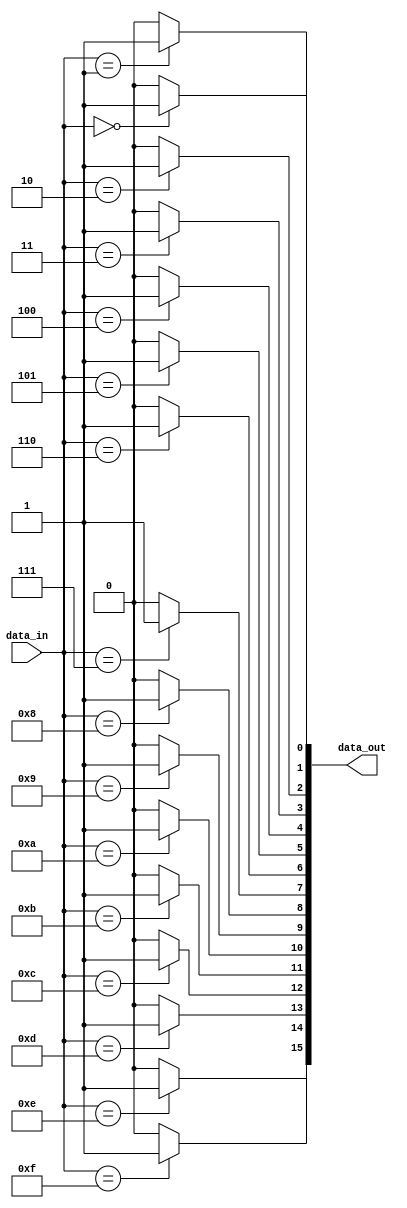
module Decoder4to16 (
    input [3:0] data_in,
    output [15:0] data_out
);

assign data_out[0] = (data_in == 4'b0000) ? 1'b1 : 1'b0;
assign data_out[1] = (data_in == 4'b0001) ? 1'b1 : 1'b0;
assign data_out[2] = (data_in == 4'b0010) ? 1'b1 : 1'b0;
assign data_out[3] = (data_in == 4'b0011) ? 1'b1 : 1'b0;
assign data_out[4] = (data_in == 4'b0100) ? 1'b1 : 1'b0;
assign data_out[5] = (data_in == 4'b0101) ? 1'b1 : 1'b0;
assign data_out[6] = (data_in == 4'b0110) ? 1'b1 : 1'b0;
assign data_out[7] = (data_in == 4'b0111) ? 1'b1 : 1'b0;
assign data_out[8] = (data_in == 4'b1000) ? 1'b1 : 1'b0;
assign data_out[9] = (data_in == 4'b1001) ? 1'b1 : 1'b0;
assign data_out[10] = (data_in == 4'b1010) ? 1'b1 : 1'b0;
assign data_out[11] = (data_in == 4'b1011) ? 1'b1 : 1'b0;
assign data_out[12] = (data_in == 4'b1100) ? 1'b1 : 1'b0;
assign data_out[13] = (data_in == 4'b1101) ? 1'b1 : 1'b0;
assign data_out[14] = (data_in == 4'b1110) ? 1'b1 : 1'b0;
assign data_out[15] = (data_in == 4'b1111) ? 1'b1 : 1'b0;

endmodule